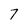
Character: 7